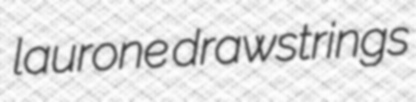
laurone drawstrings